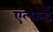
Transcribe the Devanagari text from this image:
एल्फ़र्ड